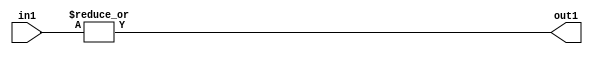
`timescale 1ps / 1ps
/*****************************************************************************
    Verilog RTL Description
    
    
    Created by: Stratus DpOpt 21.05.01 
*******************************************************************************/

module SobelFilter_OrReduction_2U_1U_1 (
	in1,
	out1
	); /* architecture "behavioural" */ 
input [1:0] in1;
output  out1;
wire  asc001;

assign asc001 = 
	(|in1);

assign out1 = asc001;
endmodule

/* CADENCE  urfwTgk= : u9/ySxbfrwZIxEzHVQQV8Q== ** DO NOT EDIT THIS LINE ******/